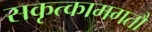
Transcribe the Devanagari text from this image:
सकृत्कामगतौ